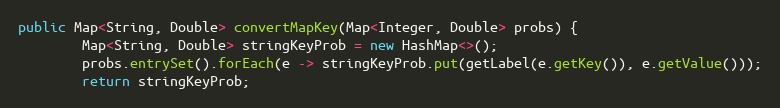
Language: Java
public Map<String, Double> convertMapKey(Map<Integer, Double> probs) {
        Map<String, Double> stringKeyProb = new HashMap<>();
        probs.entrySet().forEach(e -> stringKeyProb.put(getLabel(e.getKey()), e.getValue()));
        return stringKeyProb;